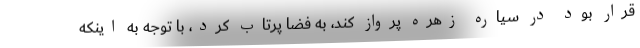
قرار بود در سیاره زهره پرواز کند، به فضا پرتاب کرد، با توجه به اینکه